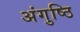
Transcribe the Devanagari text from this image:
अंगुष्ठि